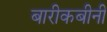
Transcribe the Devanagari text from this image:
बारीकबीनी